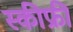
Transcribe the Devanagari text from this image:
स्कीफ्री